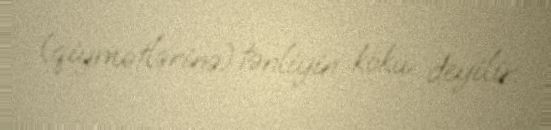
(qiymətlərinə) tənliyin kökü deyilir.